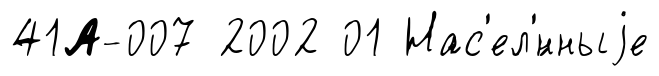
41А-007 2002 01 Нас'ел'́нныjе